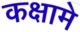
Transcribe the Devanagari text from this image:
कक्षामे